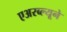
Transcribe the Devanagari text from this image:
एअरब्ल्यूने